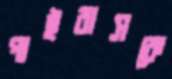
পাইবাসকে